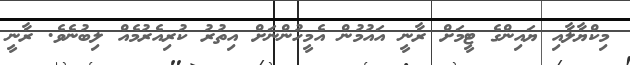
މިކްޔާލާއި ޔައިންގެ ޓީމަށް ރާނީ އައުމުން އެމީހުންނަށް އިތުރު ކުރިއެރުމެއް ލިބުނެވެ. ރާނީ